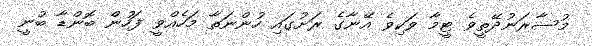
މުސާރަނުދޭތީވެ ޓީމާ ވަކިވެ އޭނާގެ ރަށުގައި ހުންނަތާ މަހެއްވީ ފަހުން ބޮންޑާ ބުނީ